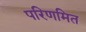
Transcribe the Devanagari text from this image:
परिणमित